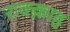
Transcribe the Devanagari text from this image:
राक्क़ाह